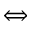
\iff